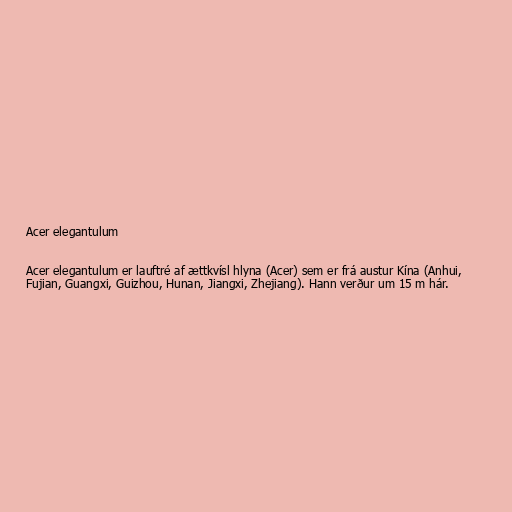
Acer elegantulum

Acer elegantulum er lauftré af ættkvísl hlyna (Acer) sem er frá austur Kína (Anhui,
Fujian, Guangxi, Guizhou, Hunan, Jiangxi, Zhejiang). Hann verður um 15 m hár.